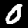
Label: 0